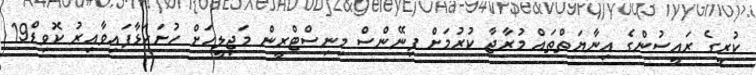
ކުރީގެ ރައީސުންގެ އިނާޔަތްތައް މުރާޖާ ކުރުމަށް ފިނޭންސް މިނިސްޓްރީން މަޖިލީހަށް ހުށަހަޅާފައިވާއިރު ކޮވިޑް19